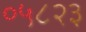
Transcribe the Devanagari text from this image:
०५८२३